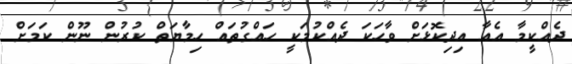
ދެއްކީމާ އެއާ އިދިކޮޅަށް ވާހަކަ ދެއްކުމަކީ ހައްގުތައް ހިމާޔަތް ކުރުން ނޫން ކަމަށް